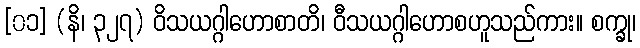
[၀၁] (နိ၊ ၃၂၇) ဝိသယဂ္ဂါဟောစာတိ၊ ဝီသယဂ္ဂါဟောစဟူသည်ကား။ စက္ခု၊